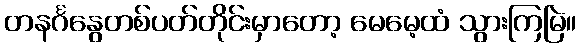
တနင်္ဂနွေတစ်ပတ်တိုင်းမှာတော့ မေမေ့ထံ သွားကြမြဲ။